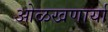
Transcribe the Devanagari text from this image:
ओळखणार्या